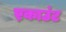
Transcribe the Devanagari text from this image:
ए़काउंट